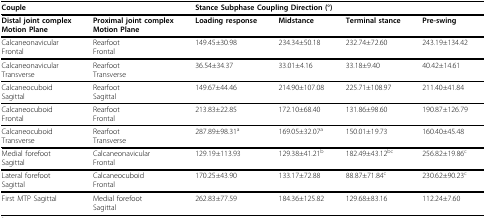
| <COLSPAN=2> Couple | <COLSPAN=4> Stance Subphase Coupling Direction (°) |
 | --- | --- | --- | --- | --- | --- |
 | Distal joint complexMotion Plane | Proximal joint complexMotion Plane | Loading response | Midstance | Terminal stance | Pre-swing |
 | CalcaneonavicularFrontal | RearfootFrontal | 149.45±30.98 | 234.34±50.18 | 232.74±72.60 | 243.19±134.42 |
 | CalcaneonavicularTransverse | RearfootTransverse | 36.54±34.37 | 33.01±4.16 | 33.18±9.40 | 40.42±14.61 |
 | CalcaneocuboidSagittal | RearfootSagittal | 149.67±44.46 | 214.90±107.08 | 225.71±108.97 | 211.40±41.84 |
 | CalcaneocuboidFrontal | RearfootFrontal | 213.83±22.85 | 172.10±68.40 | 131.86±98.60 | 190.87±126.79 |
 | CalcaneocuboidTransverse | RearfootTransverse | 287.89±98.31a | 169.05±32.07a | 150.01±19.73 | 160.40±45.48 |
 | Medial forefootSagittal | CalcaneonavicularFrontal | 129.19±113.93 | 129.38±41.21b | 182.49±43.12bc | 256.82±19.86c |
 | Lateral forefootSagittal | CalcaneocuboidFrontal | 170.25±43.90 | 133.17±72.88 | 88.87±71.84c | 230.62±90.23c |
 | First MTP Sagittal | Medial forefootSagittal | 262.83±77.59 | 184.36±125.82 | 129.68±83.16 | 112.24±7.60 |